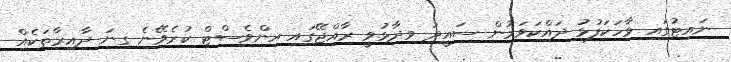
ނައިޓުގައި ވާހަކަފުޅު ދައްކަވަމުން ސައީދު ވިދާޅުވީ ރާއްޖޭގައި އިންވެސްޓް ކުރެވޭނެ ގިނަ ދާއިރާތަކެއް